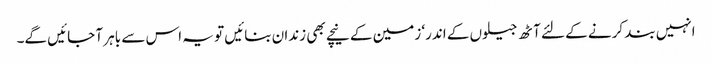
انہیں بند کرنے کے لئے آٹھ جیلوں کے اندر‘ زمین کے نیچے بھی زندان بنائیں تو یہ اس سے باہر آ جائیں گے۔